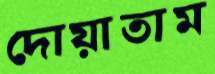
দোয়াতাম